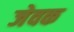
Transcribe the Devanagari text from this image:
जेवक